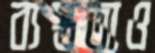
ব্যস্ততাও